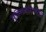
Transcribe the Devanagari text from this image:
युक्तिवादात्मक